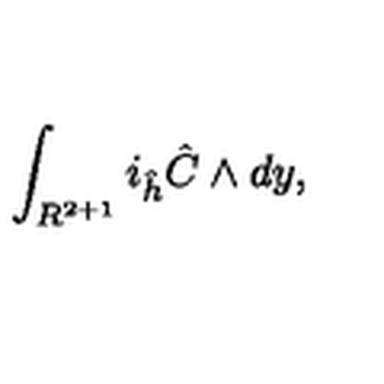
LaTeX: \int _ { R ^ { 2 + 1 } } i _ { \hat { h } } { \hat { C } } \wedge d y ,